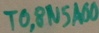
Text: TO,8N5A00